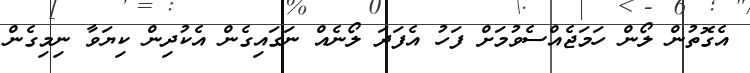
އެގޮތުން ލޯން ހަމަޖެއްސެވުމަށް ފަހު އެފަދަ ލޯނެއް ނަގައިގެން އެކުދިން ކިޔަވާ ނިމިގެން